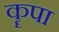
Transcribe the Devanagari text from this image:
कॄपा